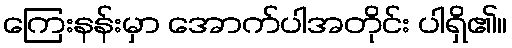
ကြေးနန်းမှာ အောက်ပါအတိုင်း ပါရှိ၏။